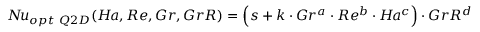
N \! u _ { o p t \ Q 2 D } ( H \! a , R e , G r , G r R ) = \left( s + k \cdot G r ^ { a } \cdot R e ^ { b } \cdot H \! a ^ { c } \right) \cdot G r R ^ { d }